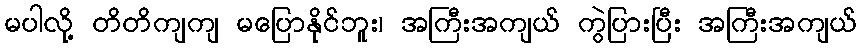
မပါလို့ တိတိကျကျ မပြောနိုင်ဘူး၊ အကြီးအကျယ် ကွဲပြားပြီး အကြီးအကျယ်